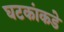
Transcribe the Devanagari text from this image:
घटकांकडे